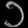
Digit: ၁